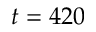
t = 4 2 0